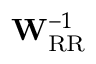
\mathbf { W } _ { \mathrm { R R } } ^ { - 1 }